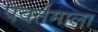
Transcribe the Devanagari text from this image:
पवर्तमाला